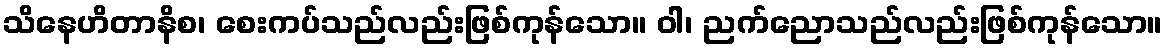
သိနေဟိတာနိစ၊ စေးကပ်သည်လည်းဖြစ်ကုန်သော။ ဝါ၊ ညက်ညောသည်လည်းဖြစ်ကုန်သော။